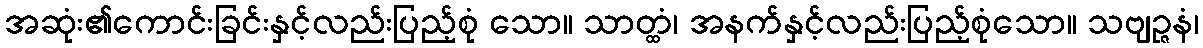
အဆုံး၏ကောင်းခြင်းနှင့်လည်းပြည့်စုံ သော။ သာတ္ထံ၊ အနက်နှင့်လည်းပြည့်စုံသော။ သဗျဉ္ဇနံ၊